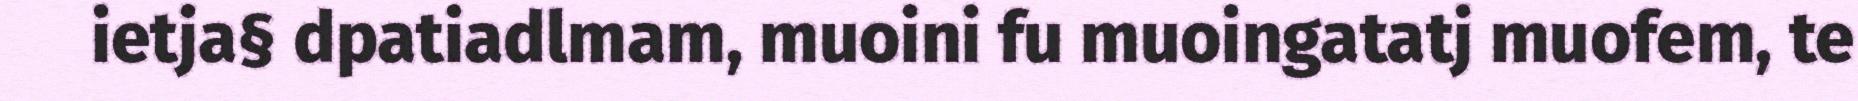
ietja§ dpatiadlmam, muoini fu muoingatatj muofem, te